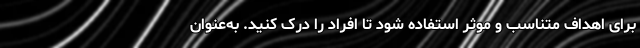
برای اهداف متناسب و موثر استفاده شود تا افراد را درک کنید. به‌عنوان